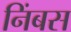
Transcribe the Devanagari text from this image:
निंबस